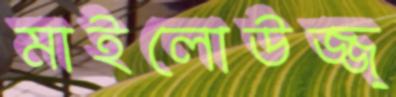
মাইলোউজ্জ্